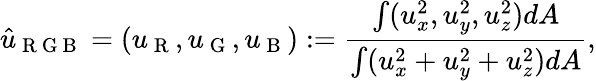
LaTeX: \hat{u}_{\mathrm{~R~G~B~}}=(u_{\mathrm{~R~}},u_{\mathrm{~G~}},u_{\mathrm{~B~}}):=\frac{\int(u_{x}^{2},u_{y}^{2},u_{z}^{2})dA}{\int(u_{x}^{2}+u_{y}^{2}+u_{z}^{2})dA},